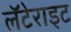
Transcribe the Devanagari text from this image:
लॅटेराइट